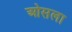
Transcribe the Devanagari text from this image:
ओसला